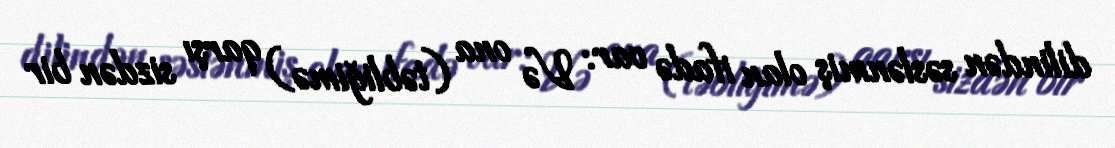
dilindən səslənmiş olan ifadə var: Və ona (təbliğimə) qarşı sizdən bir